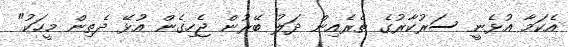
އެކަމާ އުޅެނީ ސަރުކާރުގެ ތެރެއިން ދަލު ބޭރުން ޖެހިގެން އުޅޭ ދެތިން މީހަކު"